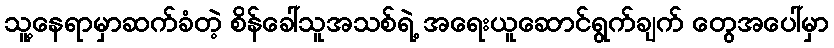
သူ့နေရာမှာဆက်ခံတဲ့ စိန်ခေါ်သူအသစ်ရဲ့ အရေးယူဆောင်ရွက်ချက် တွေအပေါ်မှာ